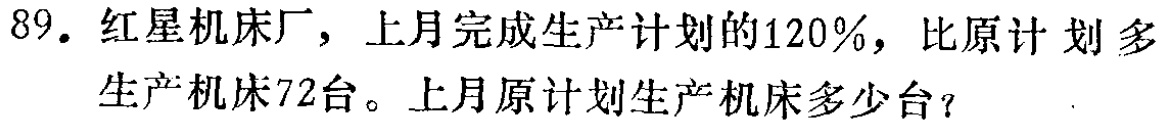
89. 红星机床厂，上月完成生产计划的120%，比原计划多生产机床72台。上月原计划生产机床多少台？